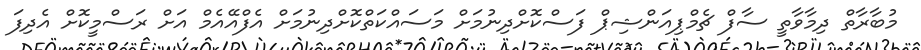
މުބާރާތް ދިމާވާތީ ސާފް ޗެމްޕިއަންޝިޕް ފަސްކޮށްދިނުމަށް މަސައްކަތްކޮށްދިނުމަށް އެފްއޭއެމް އަށް ރަސްމީކޮށް އެދިފަ